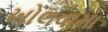
ખોલવામા